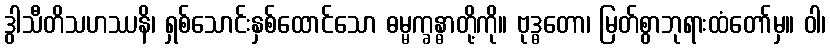
ဒွါသီတိသဟဿနိ၊ ရှစ်သောင်းနှစ်ထောင်သော ဓမ္မက္ခန္ဓာတို့ကို။ ဗုဒ္ဓတော၊ မြတ်စွာဘုရားထံတော်မှ။ ဝါ၊